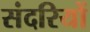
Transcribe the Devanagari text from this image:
संदरियों